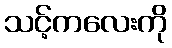
သင့်ကလေးကို